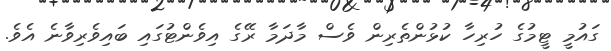
ގައުމީ ޓީމުގެ ހުރިހާ ކުޅުންތެރިން ވެސް މާދަމާ ރޭގެ އިވެންޓުގައި ބައިވެރިވާނެ އެވެ.